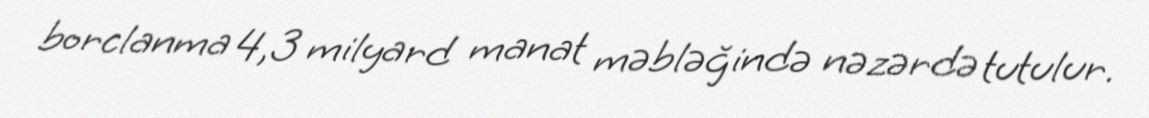
borclanma 4,3 milyard manat məbləğində nəzərdə tutulur.